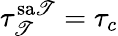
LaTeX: \tau_{\mathscr{T}}^{\mathrm{{sa\mathscr{T}}}}=\tau_{c}